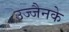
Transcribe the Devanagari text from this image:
उज्जैनके